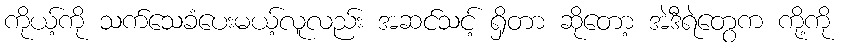
ကိုယ့်ကို သက်သေခံပေးမယ့်လူလည်း အဆင်သင့် ရှိတာ ဆိုတော့ အဲဒီရဲတွေက ကို့ကို